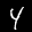
Label: 4